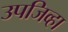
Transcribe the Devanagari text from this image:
उपजिव्हा